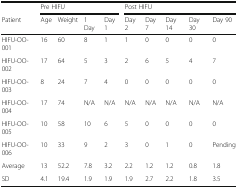
<table><thead><tr><td></td><td colspan="4"><b>Pre HIFU</b></td><td colspan="5"><b>Post HIFU</b></td></tr><tr><td><b>Patient</b></td><td><b>Age</b></td><td><b>Weight</b></td><td><b>1 Day</b></td><td><b>Day 1</b></td><td><b>Day 2</b></td><td><b>Day 7</b></td><td><b>Day 14</b></td><td><b>Day 30</b></td><td><b>Day 90</b></td></tr></thead><tbody><tr><td>HIFU-OO-001</td><td>16</td><td>60</td><td>8</td><td>1</td><td>1</td><td>0</td><td>0</td><td>0</td><td>0</td></tr><tr><td>HIFU-OO-002</td><td>17</td><td>64</td><td>5</td><td>3</td><td>2</td><td>6</td><td>5</td><td>4</td><td>7</td></tr><tr><td>HIFU-OO-003</td><td>8</td><td>24</td><td>7</td><td>4</td><td>0</td><td>0</td><td>0</td><td>0</td><td>0</td></tr><tr><td>HIFU-OO-004</td><td>17</td><td>74</td><td>N/A</td><td>N/A</td><td>N/A</td><td>N/A</td><td>N/A</td><td>N/A</td><td>N/A</td></tr><tr><td>HIFU-OO-005</td><td>10</td><td>58</td><td>10</td><td>6</td><td>5</td><td>0</td><td>0</td><td>0</td><td>0</td></tr><tr><td>HIFU-OO-006</td><td>10</td><td>33</td><td>9</td><td>2</td><td>3</td><td>0</td><td>1</td><td>0</td><td>Pending</td></tr><tr><td>Average</td><td>13</td><td>52.2</td><td>7.8</td><td>3.2</td><td>2.2</td><td>1.2</td><td>1.2</td><td>0.8</td><td>1.8</td></tr><tr><td>SD</td><td>4.1</td><td>19.4</td><td>1.9</td><td>1.9</td><td>1.9</td><td>2.7</td><td>2.2</td><td>1.8</td><td>3.5</td></tr></tbody></table>